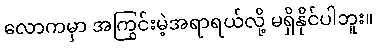
လောကမှာ အကြွင်းမဲ့အရာရယ်လို့ မရှိနိုင်ပါဘူး။